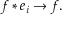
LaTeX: f * e _ { i } \to f .